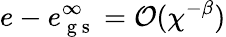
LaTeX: e-e_{\mathrm{~g~s~}}^{\infty}=\mathcal{O}(\chi^{-\beta})